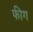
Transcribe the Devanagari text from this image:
फीग